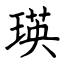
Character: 瑛